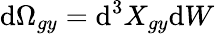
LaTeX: \mathrm{d}\Omega_{gy}=\mathrm{d}^{3}X_{gy}\mathrm{d}W